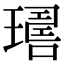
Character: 𤩇